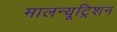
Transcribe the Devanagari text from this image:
मालन्यूट्रिशन